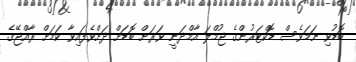
ބޮޑުވި ނަމަވެސް ޑޮކްޓަރުންގެ ޖުމްލަ އާމްދަނީ ވަރަށް ބޮޑަށް ދަށްވެފައިވާ ކަމަށް ރާއްޖޭގެ